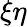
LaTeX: \xi\eta